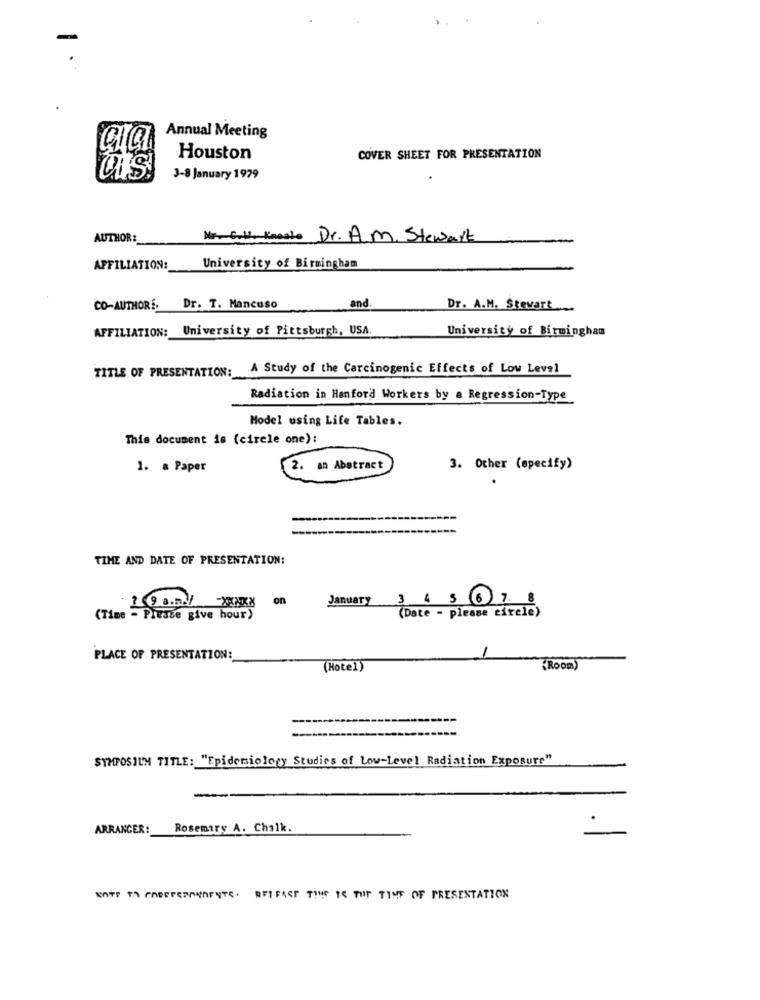
Annual Meeting
Houston
COVER SHEET FOR PRESENTATION
3-8 January 1979
AUTHOR :
Mr. C.l. Kneste Dr. A.m. Stewart
AFFILIATION:
University of Birmingham
and
CO-AUTHORS Dr. T. Mancuso
Dr. A.M. Stewart ...
AFFILIATION: University of Pittsburgh, USA.
University of Birmingham
TITLE OF PRESENTATION:
A Study of the Carcinogenic Effects of Low Level
Radiation in Hanford Workers by a Regression-Type_
Model using Life Tables.
This document is (circle one):
1. a Paper
2. an Abstract
3. Other (specify)
TIME AND DATE OF PRESENTATION:
19 a.n.y
January
3 4 5 6 7 8
(Date - please circle)
(Time - Please give hour)
PLACE OF PRESENTATION:
(Hotel)
(Room)
SYMPOSIUM TITLE: "Epidemiology Studies of Low-Level Radiation Exposure"
ARRANGER:
Rosemary A. Chalk.
NOTE TO PADOPERMANENTE. RET FAST TIME IS THE TIME OF PRESENTATION